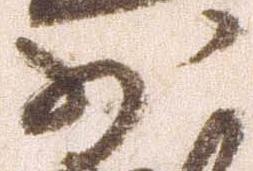
少